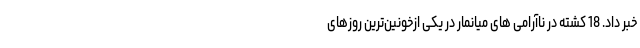
خبر داد. 18 کشته در ناآرامی های میانمار در یکی ازخونین‌ترین روزهای